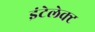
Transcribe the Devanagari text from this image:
इंटेलेक्ट